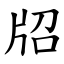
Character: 牊